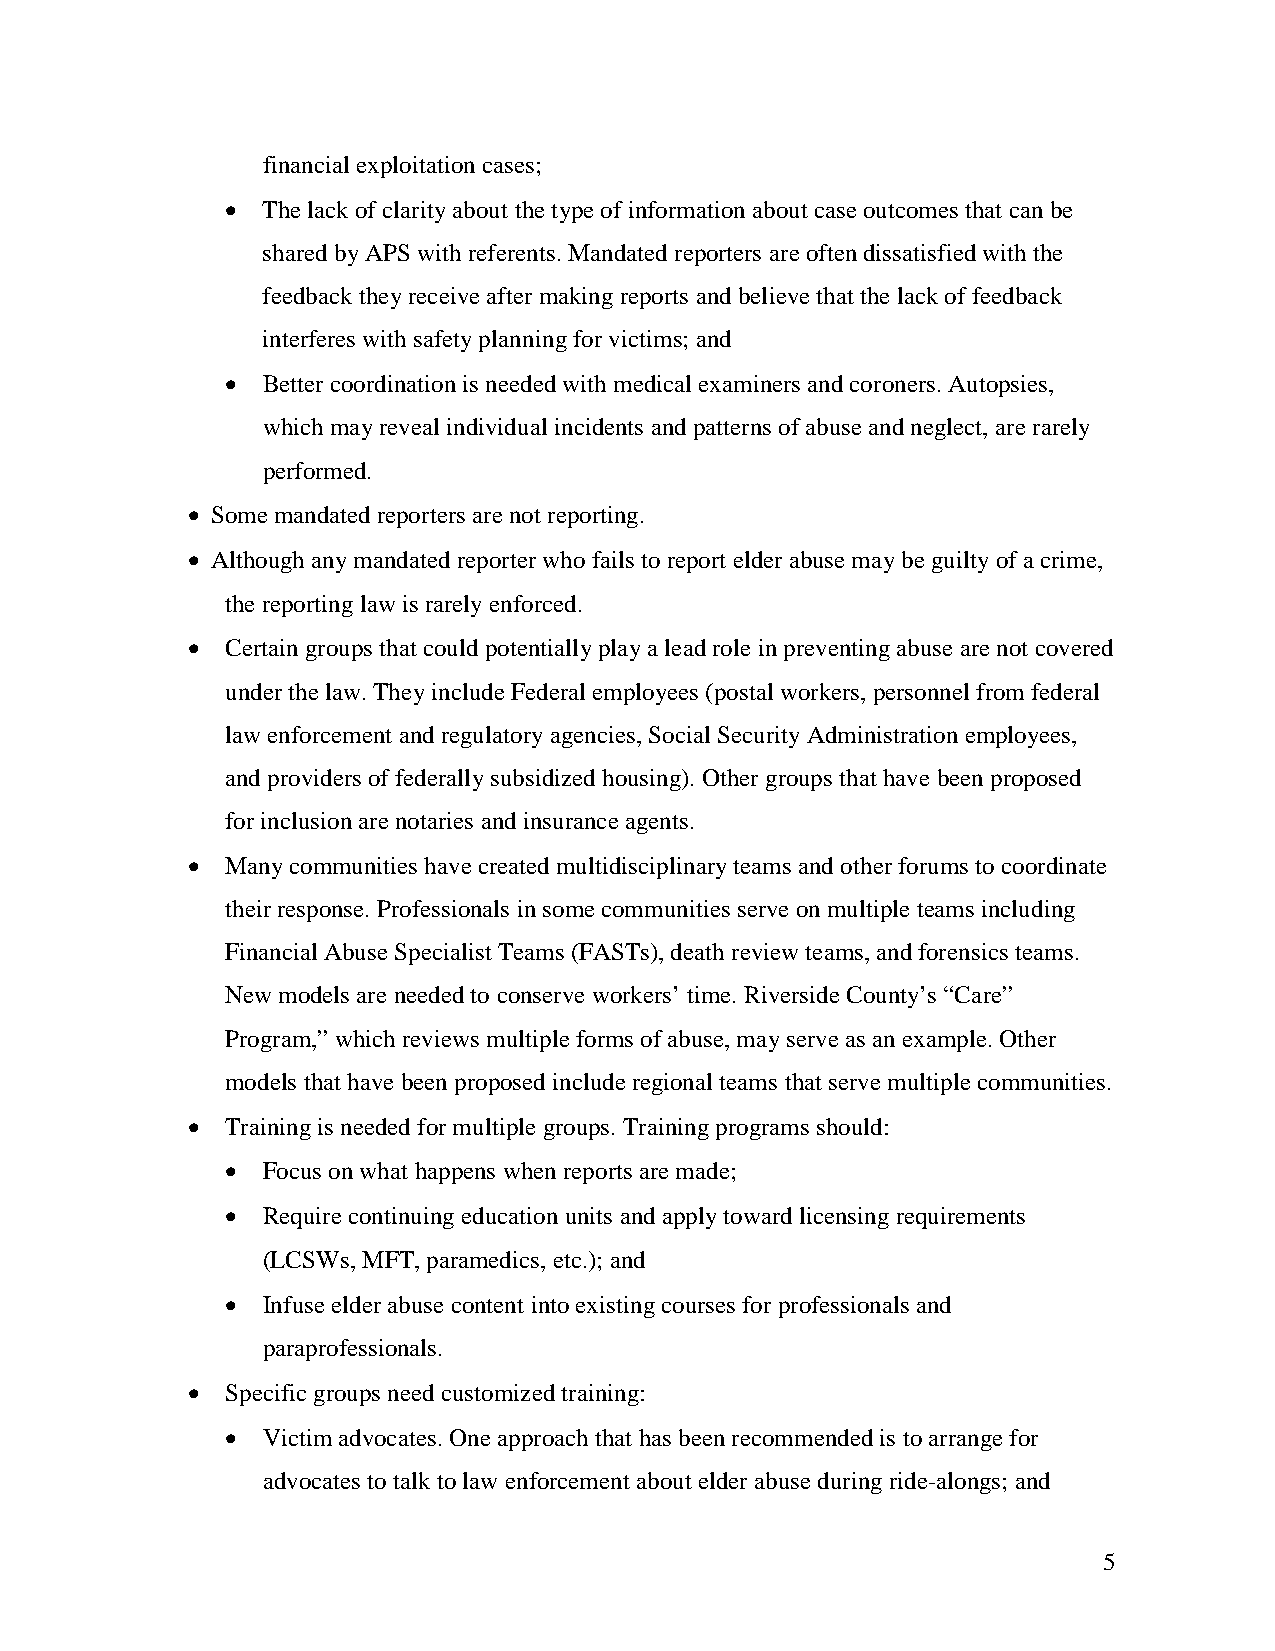
financial exploitation cases;
 • The lack of clarity about the type of information about case outcomes that can be
 shared by APS with referents. Mandated reporters are often dissatisfied with the
 feedback they receive after making reports and believe that the lack of feedback
 interferes with safety planning for victims; and
 • Better coordination is needed with medical examiners and coroners. Autopsies,
 which may reveal individual incidents and patterns of abuse and neglect, are rarely
 performed.
 • Some mandated reporters are not reporting.
 • Although any mandated reporter who fails to report elder abuse may be guilty of a crime,
 the reporting law is rarely enforced.
 •  Certain groups that could potentially play a lead role in preventing abuse are not covered
 under the law. They include Federal employees (postal workers, personnel from federal
 law enforcement and regulatory agencies, Social Security Administration employees,
 and providers of federally subsidized housing). Other groups that have been proposed
 for inclusion are notaries and insurance agents.
 •  Many communities have created multidisciplinary teams and other forums to coordinate
 their response. Professionals in some communities serve on multiple teams including
 Financial Abuse Specialist Teams (FASTs), death review teams, and forensics teams.
 New models are needed to conserve workers’ time. Riverside County’s “Care”
 Program,” which reviews multiple forms of abuse, may serve as an example. Other
 models that have been proposed include regional teams that serve multiple communities.
 •  Training is needed for multiple groups. Training programs should:
 • Focus on what happens when reports are made;
 • Require continuing education units and apply toward licensing requirements
 (LCSWs, MFT, paramedics, etc.); and
 • Infuse elder abuse content into existing courses for professionals and
 paraprofessionals.
 •  Specific groups need customized training:
 • Victim advocates. One approach that has been recommended is to arrange for
 advocates to talk to law enforcement about elder abuse during ride-alongs; and
 5